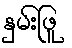
နှမ်းဖြူ